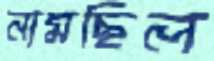
নামছিল